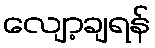
လျော့ချရန်